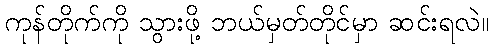
ကုန်တိုက်ကို သွားဖို့ ဘယ်မှတ်တိုင်မှာ ဆင်းရလဲ။